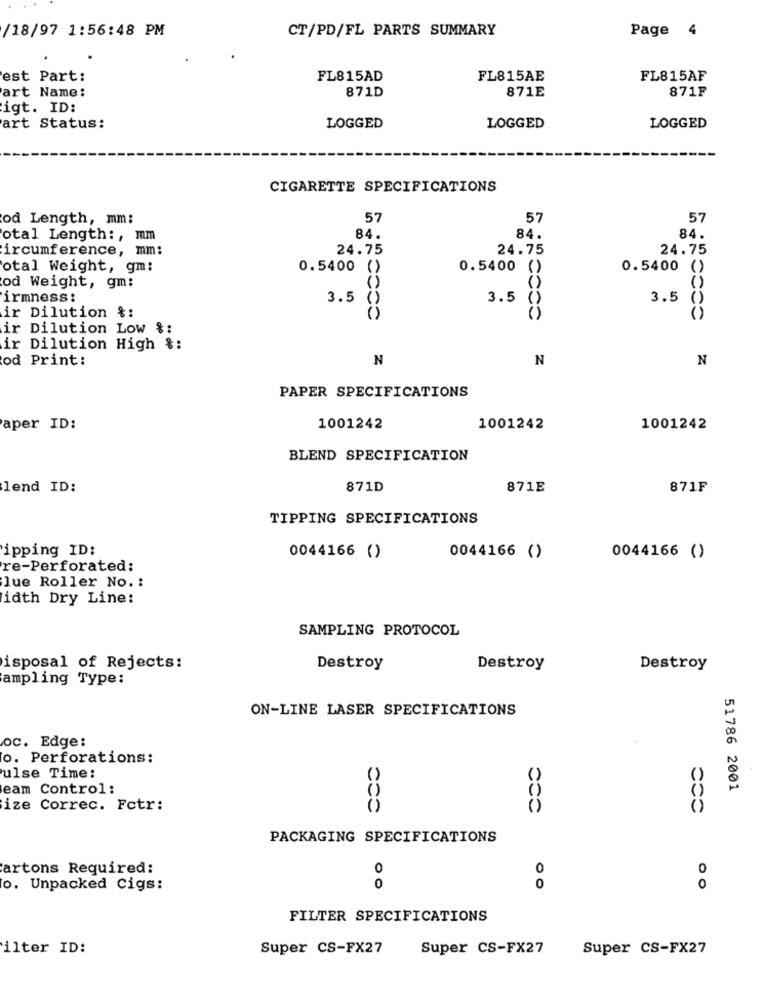
/18/97 1:56:48 PM
CT/PD/FL PARTS SUMMARY
Page 4
est Part:
FL815AD
FL815AE
FL815AF
art Name:
871D
871E
871F
igt. ID:
art Status:
LOGGED
LOGGED
LOGGED
CIGARETTE SPECIFICATIONS
od Length, mm;
57
57
57
otal Length :, mm
84.
84.
84.
ircumference, mm:
24.75
24.75
24.75
total Weight, gm:
0.5400
()
0.5400
()
0.5400
()
()
od Weight, gm:
irmness:
3.5
3.5
3.5
ir Dilution %:
ir Dilution Low %:
ir Dilution High &:
od Print:
N
N
N
PAPER SPECIFICATIONS
aper ID:
1001242
1001242
1001242
BLEND SPECIFICATION
lend ID:
871D
871E
871F
TIPPING SPECIFICATIONS
ipping ID:
0044166 ()
0044166 ()
0044166 ()
re-Perforated:
lue Roller No. :
idth Dry Line:
SAMPLING PROTOCOL
isposal of Rejects:
Destroy
Destroy
Destroy
ampling Type:
ON-LINE LASER SPECIFICATIONS
oc. Edge:
o. Perforations:
ulse Time:
eam Control:
51786 2001
()
ize Correc. Fotr:
()
PACKAGING SPECIFICATIONS
artons Required:
0
O
0
o. Unpacked Cigs:
0
0
0
FILTER SPECIFICATIONS
ilter ID:
Super CS-FX27
Super CS-FX27
Super CS-FX27